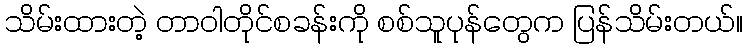
သိမ်းထားတဲ့ တာဝါတိုင်စခန်းကို စစ်သူပုန်တွေက ပြန်သိမ်းတယ်။